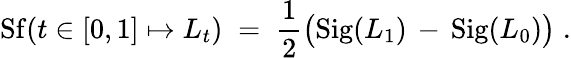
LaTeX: \mathrm{Sf}(t\in[0,1]\mapsto L_{t})\; =\; \frac{1}{2}\big(\mathrm{Sig}(L_{1})\, -\, \mathrm{Sig}(L_{0})\big)\; .